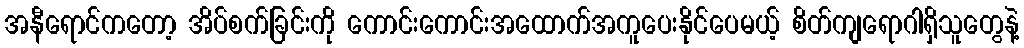
အနီရောင်ကတော့ အိပ်စက်ခြင်းကို ကောင်းကောင်းအထောက်အကူပေးနိုင်ပေမယ့် စိတ်ကျရောဂါရှိသူတွေနဲ့